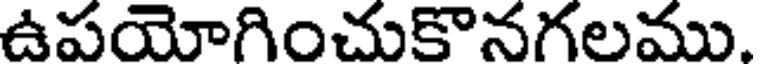
ఉపయోగించుకొనగలము.